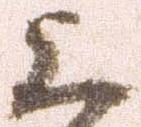
上